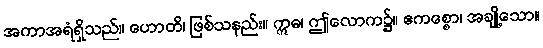
အကာအရံရှိသည်။ ဟောတိ၊ ဖြစ်သနည်း။ ဣဓ၊ ဤလောက၌။ ဧကစ္စော၊ အချို့သော။